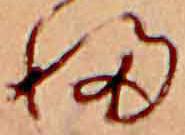
ふ